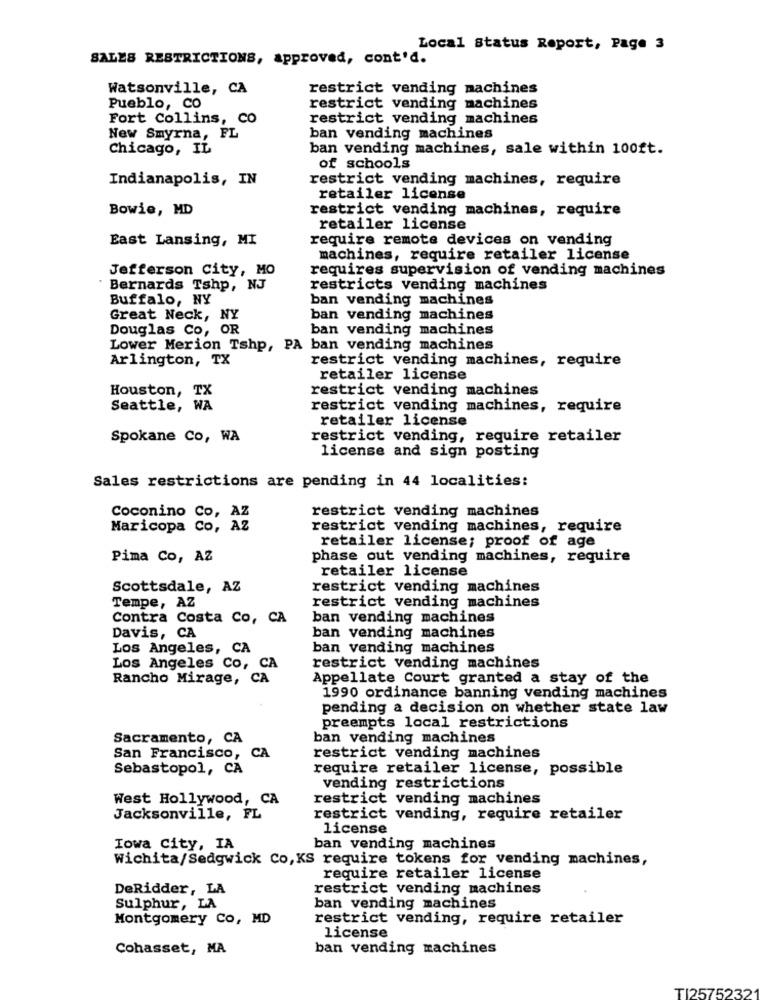
Local Status Report, Page 3
SALES RESTRICTIONS, approved, cont'd.
Watsonville, CA
restrict vending machines
Pueblo, CO
restrict vending machines
Fort Collins, CO
restrict vending machines
New Smyrna, FL
ban vending machines
Chicago, IL
ban vending machines, sale within 100ft.
of schools
Indianapolis, IN
restrict vending machines, require
retailer license
Bowie, MD
restrict vending machines, require
retailer license
East Lansing, MI
require remote devices on vending
machines, require retailer license
Jefferson City, MO
requires supervision of vending machines
" Bernards Tshp, NJ
restricts vending machines
Buffalo, NY
ban vending machines
Great Neck, NY
ban vending machines
Douglas Co, OR
ban vending machines
Lower Merion Tshp, PA ban vending machines
Arlington, TX
restrict vending machines, require
retailer license
restrict vending machines
Houston, TX
Seattle, WA
restrict vending machines, require
retailer license
Spokane Co, WA
restrict vending, require retailer
license and sign posting
Sales restrictions are pending in 44 localities:
restrict vending machines
Coconino Co, AZ
Maricopa Co, AZ
restrict vending machines, require
retailer license; proof of age
Pima Co, AZ
phase out vending machines, require
retailer license
Scottsdale, AZ
restrict vending machines
restrict vending machines
Tempe, AZ
Contra Costa Co, CA
ban vending machines
Davis, CA
ban vending machines
Los Angeles, CA
ban vending machines
Los Angeles Co, CA
restrict vending machines
Rancho Mirage, CA
Appellate Court granted a stay of the
1990 ordinance banning vending machines
pending a decision on whether state law
preempts local restrictions
Sacramento, CA
ban vending machines
San Francisco, CA
restrict vending machines
Sebastopol, CA
require retailer license, possible
vending restrictions
West Hollywood, CA
restrict vending machines
Jacksonville, FL
restrict vending, require retailer
license
Iowa City, IA
ban vending machines
Wichita/Sedgwick Co, KS require tokens for vending machines,
require retailer license
DeRidder, LA
restrict vending machines
Sulphur, LA
ban vending machines
Montgomery Co, MD
restrict vending, require retailer
license
Cohasset, MA
ban vending machines
TI2575232